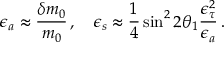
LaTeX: \epsilon _ { a } \approx { \frac { \delta m _ { 0 } } { m _ { 0 } } } \, , \quad \epsilon _ { s } \approx { \frac { 1 } { 4 } } \sin ^ { 2 } 2 \theta _ { 1 } { \frac { \epsilon _ { \tau } ^ { 2 } } { \epsilon _ { a } } } \, .